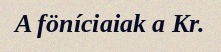
A föníciaiak a Kr.